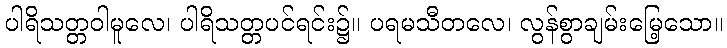
ပါရိသတ္တဝါမူလေ၊ ပါရိသတ္တပင်ရင်း၌။ ပရမသီတလေ၊ လွန်စွာချမ်းမြေ့သော။